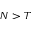
N > T